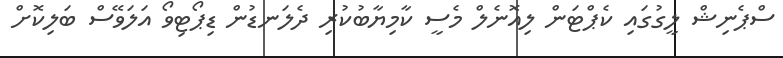
ސްޕެނިޝް ލީގުގައި ކެޕްޓަން ލިއޮނެލް މެސީ ކާމިޔާބުކުރި ދެލަނޑުން ޑިޕޯޓިވޯ އަލަވޭސް ބަލިކޮށް